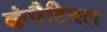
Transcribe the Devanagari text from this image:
कंपैटिबल